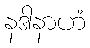
နဒါနာဟံ